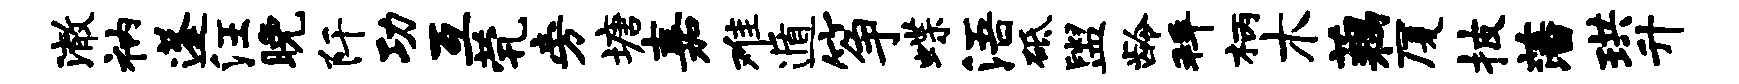
澈衲蓬汪晚阡功互茕旁塘嘉难遁筝蝶浯砥盥龄拜柄木藕厦披藩珙升